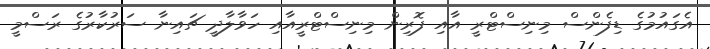
އެގައުމުގެ ޑިފެންސް މިނިސްޓްރީ އާއި ފޮރިން މިނިސްޓްރީއާއި ހަވާލާދީ ޗައިނާ ސަރުކާރުގެ ރަސްމީ